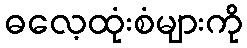
ဓလေ့ထုံးစံများကို